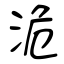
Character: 洈